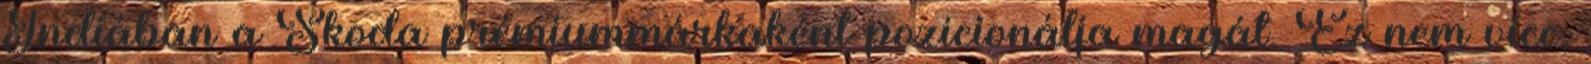
Indiában a Skoda prémiummárkaként pozícionálja magát. Ez nem vicc,